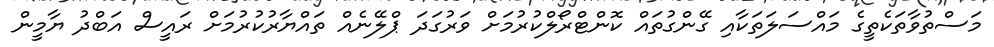
މަސްތުވާތަކެތީގެ މައްސަލަތަކާއި ގޭންގުތައް ކޮންޓްރޯލްކުރުމަށް ވަރުގަދަ ޕްލޭނެއް ތައްޔާރުކުރުމަށް ރައީސް އަބްދު ޔާމީން